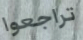
تراجعوا